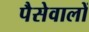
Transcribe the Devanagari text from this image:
पैसेवालों